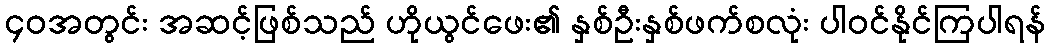
၄၀အတွင်း အဆင့်ဖြစ်သည် ဟိုယွင်ဖေး၏ နှစ်ဦးနှစ်ဖက်စလုံး ပါဝင်နိုင်ကြပါရန်